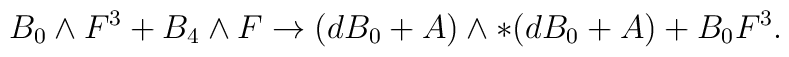
B_{0}\wedge F^3 + B_{4}\wedge F \to(dB_0 + A)\wedge *(dB_0 + A) + B_{0} F^3.